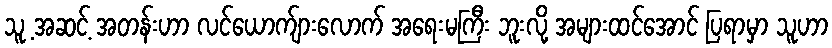
သူ့ အဆင့် အတန်းဟာ လင်ယောက်ျားလောက် အရေးမကြီး ဘူးလို့ အများထင်အောင် ပြရာမှာ သူဟာ